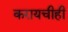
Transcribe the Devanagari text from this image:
करायचीही